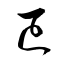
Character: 已